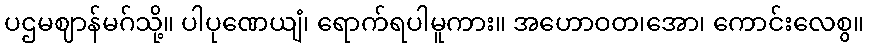
ပဌမဈာန်မဂ်သို့။ ပါပုဏေယျံ၊ ရောက်ရပါမူကား။ အဟောဝတ၊အော၊ ကောင်းလေစွ။